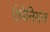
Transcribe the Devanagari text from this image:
एंथेनियन